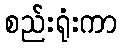
စည်းရုံးကာ